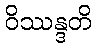
ဝိဿန္ဒတိ